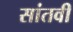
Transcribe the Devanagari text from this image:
सांतवी